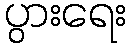
ပွားရေး